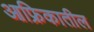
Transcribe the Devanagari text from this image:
आफ्रिकातील